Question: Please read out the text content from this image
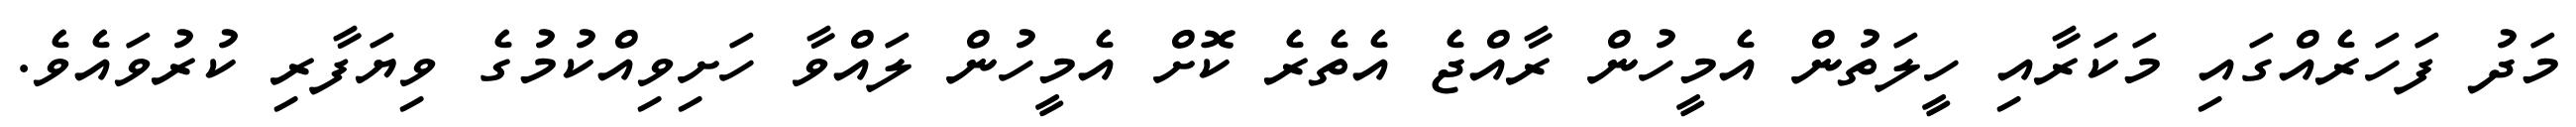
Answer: މަދު ފަހަރެއްގައި މަކަރާއި ހީލަތުން އެމީހުން ރާއްޖެ އެތެރެ ކޮށް އެމީހުން ލައްވާ ހަށިވިއްކުމުގެ ވިޔަފާރި ކުރުވައެވެ.